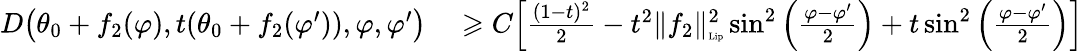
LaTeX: \begin{array}{rl}{D\big(\theta_{0}+f_{2}(\varphi),t(\theta_{0}+f_{2}(\varphi^{\prime})),\varphi,\varphi^{\prime}\big)}&{{}\geqslant C\Big[\frac{(1-t)^{2}}{2}-t^{2}\| f_{2}\| _{\textnormal{\tiny{Lip}}}^{2}\sin^{2}\left(\frac{\varphi-\varphi^{\prime}}{2}\right)+t\sin^{2}\left(\frac{\varphi-\varphi^{\prime}}{2}\right)\Big]}\end{array}